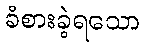
ခံစားခဲ့ရသော